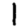
Digit: 1